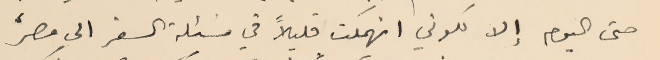
حتى اليوم إلا لكوني انهمكت قليلاً في مسَئلة السفر الى مصر،